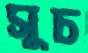
সুচ